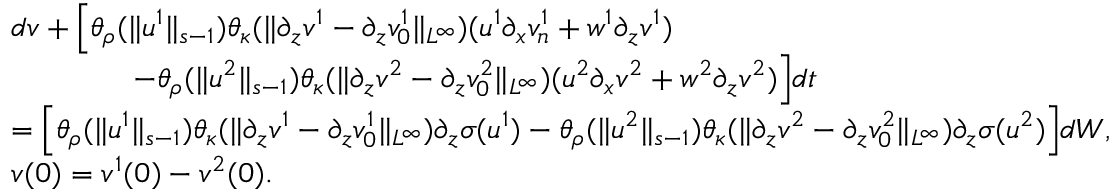
\begin{array} { r l } & { d v + \Big [ \theta _ { \rho } ( \| u ^ { 1 } \| _ { s - 1 } ) \theta _ { \kappa } ( \| \partial _ { z } v ^ { 1 } - \partial _ { z } v _ { 0 } ^ { 1 } \| _ { L ^ { \infty } } ) ( u ^ { 1 } \partial _ { x } v _ { n } ^ { 1 } + w ^ { 1 } \partial _ { z } v ^ { 1 } ) } \\ & { \qquad \qquad - \theta _ { \rho } ( \| u ^ { 2 } \| _ { s - 1 } ) \theta _ { \kappa } ( \| \partial _ { z } v ^ { 2 } - \partial _ { z } v _ { 0 } ^ { 2 } \| _ { L ^ { \infty } } ) ( u ^ { 2 } \partial _ { x } v ^ { 2 } + w ^ { 2 } \partial _ { z } v ^ { 2 } ) \Big ] d t } \\ & { = \Big [ \theta _ { \rho } ( \| u ^ { 1 } \| _ { s - 1 } ) \theta _ { \kappa } ( \| \partial _ { z } v ^ { 1 } - \partial _ { z } v _ { 0 } ^ { 1 } \| _ { L ^ { \infty } } ) \partial _ { z } \sigma ( u ^ { 1 } ) - \theta _ { \rho } ( \| u ^ { 2 } \| _ { s - 1 } ) \theta _ { \kappa } ( \| \partial _ { z } v ^ { 2 } - \partial _ { z } v _ { 0 } ^ { 2 } \| _ { L ^ { \infty } } ) \partial _ { z } \sigma ( u ^ { 2 } ) \Big ] d W , } \\ & { v ( 0 ) = v ^ { 1 } ( 0 ) - v ^ { 2 } ( 0 ) . } \end{array}